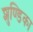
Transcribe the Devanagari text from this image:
शुण्डिका